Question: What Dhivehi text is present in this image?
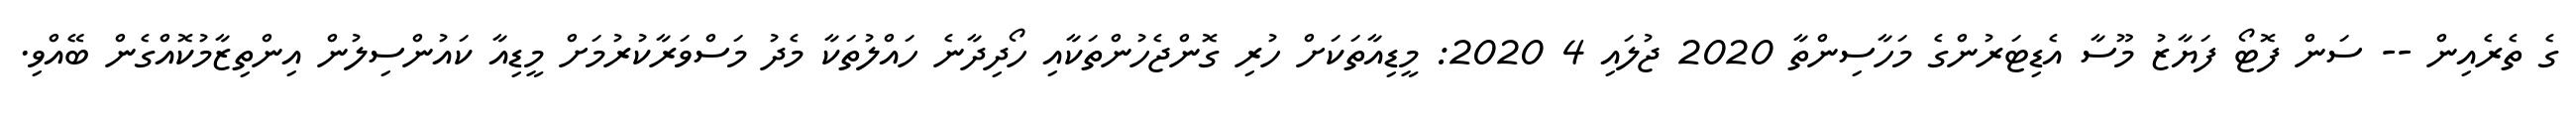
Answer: ގެ ތެރެއިން -- ސަން ފޮޓޯ ފަޔާޒު މޫސާ އެޑިޓަރުންގެ މަހާސިންތާ 2020 ޖުލައި 4 2020: މީޑިއާތަކަށް ހުރި ގޮންޖެހުންތަކާއި ހޯދިދާނެ ހައްލުތަކާ މެދު މަސްވަރާކުރުމަށް މީޑިއާ ކައުންސިލުން އިންތިޒާމުކޮއްގެން ބޭއްވި.